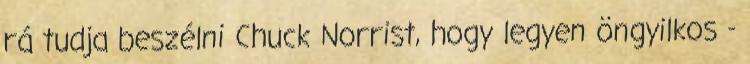
rá tudja beszélni Chuck Norrist, hogy legyen öngyilkos -